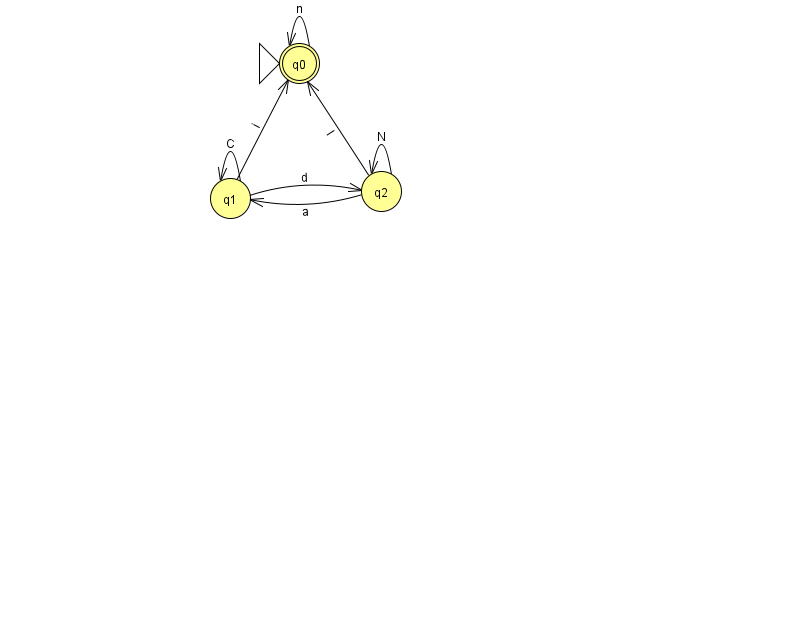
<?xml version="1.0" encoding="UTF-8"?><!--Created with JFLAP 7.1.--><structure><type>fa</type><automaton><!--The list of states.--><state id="0" name="q0"><x>299.0</x><y>50.0</y><initial/><final/></state><state id="1" name="q1"><x>230.0</x><y>185.0</y></state><state id="2" name="q2"><x>381.0</x><y>178.0</y></state><!--The list of transitions.--><transition><from>1</from><to>2</to><read>d</read></transition><transition><from>2</from><to>0</to><read>I</read></transition><transition><from>1</from><to>1</to><read>C</read></transition><transition><from>1</from><to>0</to><read>i</read></transition><transition><from>2</from><to>1</to><read>a</read></transition><transition><from>0</from><to>0</to><read>n</read></transition><transition><from>2</from><to>2</to><read>N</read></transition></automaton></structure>